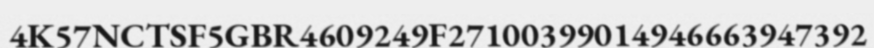
4K57NCTSF5GBR4609249F27100399014946663947392